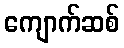
ကျောက်ဆစ်